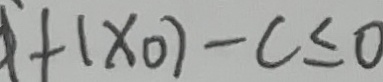
+ ( x _ { 0 } ) - c \leq 0